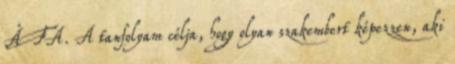
ÁFA. A tanfolyam célja, hogy olyan szakembert képezzen, aki